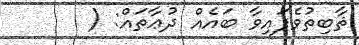
ޘާބިތުވެފައިވާ ބައެއް ދުޢާތައް: (